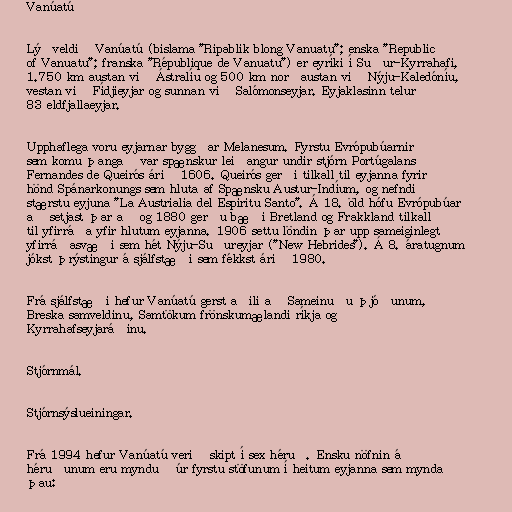
Vanúatú

Lýðveldið Vanúatú (bislama "Ripablik blong Vanuatu"; enska "Republic
of Vanuatu"; franska "République de Vanuatu") er eyríki í Suður-Kyrrahafi,
1.750 km austan við Ástralíu og 500 km norðaustan við Nýju-Kaledóníu,
vestan við Fídjieyjar og sunnan við Salómonseyjar. Eyjaklasinn telur
83 eldfjallaeyjar.

Upphaflega voru eyjarnar byggðar Melanesum. Fyrstu Evrópubúarnir
sem komu þangað var spænskur leiðangur undir stjórn Portúgalans
Fernandes de Queirós árið 1606. Queirós gerði tilkall til eyjanna fyrir
hönd Spánarkonungs sem hluta af Spænsku Austur-Indíum, og nefndi
stærstu eyjuna "La Austrialia del Espíritu Santo". Á 18. öld hófu Evrópubúar
að setjast þar að og 1880 gerðu bæði Bretland og Frakkland tilkall
til yfirráða yfir hlutum eyjanna. 1906 settu löndin þar upp sameiginlegt
yfirráðasvæði sem hét Nýju-Suðureyjar ("New Hebrides"). Á 8. áratugnum
jókst þrýstingur á sjálfstæði sem fékkst árið 1980.

Frá sjálfstæði hefur Vanúatú gerst aðili að Sameinuðu þjóðunum,
Breska samveldinu, Samtökum frönskumælandi ríkja og
Kyrrahafseyjaráðinu.

Stjórnmál.

Stjórnsýslueiningar.

Frá 1994 hefur Vanúatú verið skipt í sex héruð. Ensku nöfnin á
héruðunum eru mynduð úr fyrstu stöfunum í heitum eyjanna sem mynda
þau: